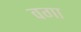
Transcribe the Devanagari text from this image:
वगा